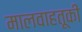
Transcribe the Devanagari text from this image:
मालवाहतूकी